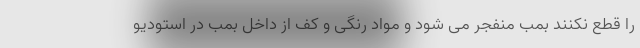
را قطع نکنند بمب منفجر می شود و مواد رنگی و کف از داخل بمب در استودیو